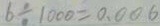
6 \div 1 0 0 0 = 0 . 0 0 6